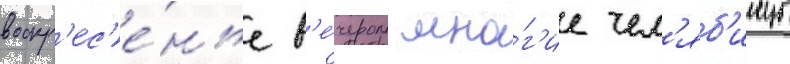
воскр'ес'е́нье в'е́чером мно́г'ие чел'яб'инцы